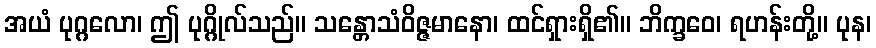
အယံ ပုဂ္ဂလော၊ ဤ ပုဂ္ဂိုလ်သည်။ သန္တောသံဝိဇ္ဇမာနော၊ ထင်ရှားရှိ၏။ ဘိက္ခဝေ၊ ရဟန်းတို့။ ပုန၊